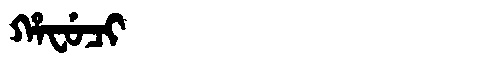
Manchu: ᡥᠠᠸᡠᠴᡳ
Romanization: HAFUCI